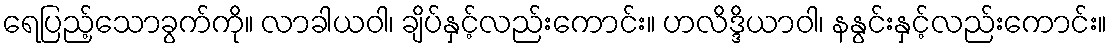
ရေပြည့်သောခွက်ကို။ လာခါယဝါ၊ ချိပ်နှင့်လည်းကောင်း။ ဟလိဒ္ဒိယာဝါ၊ နနွင်းနှင့်လည်းကောင်း။